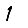
Digit: 1